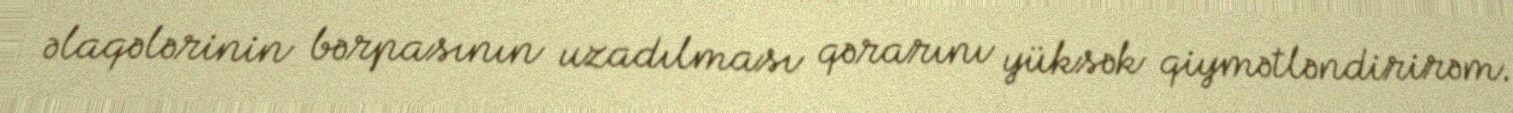
əlaqələrinin bərpasının uzadılması qərarını yüksək qiymətləndirirəm.